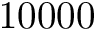
1 0 0 0 0